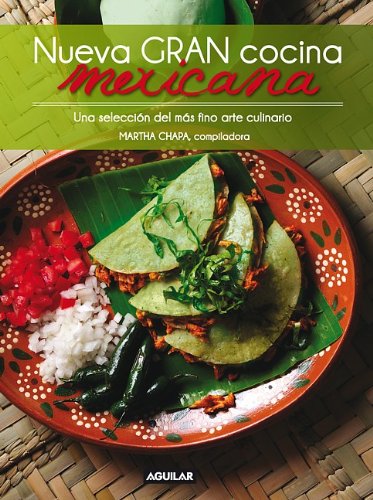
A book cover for Nueva gran cocina mexicana (Spanish Edition); Martha Chapa; Cookbooks, Food & Wine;